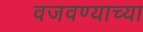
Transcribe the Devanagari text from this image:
वजवण्याच्या